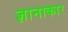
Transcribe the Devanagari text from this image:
ज्ञानाकार